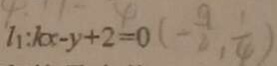
l _ { 1 } : k x - y + 2 = 0 ( - \frac { 9 } { 2 } , \frac { 1 } { 4 } )